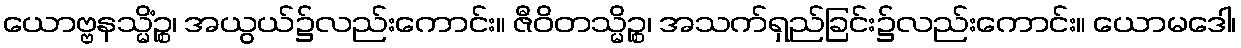
ယောဗ္ဗနသ္မိံဉ္စ၊ အယွယ်၌လည်းကောင်း။ ဇီဝိတသ္မိဉ္စ၊ အသက်ရှည်ခြင်း၌လည်းကောင်း။ ယောမဒေါ၊